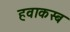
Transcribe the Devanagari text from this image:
हवाकस्‍ब